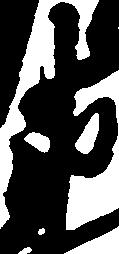
衛